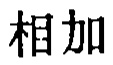
相加